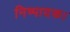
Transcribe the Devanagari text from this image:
निष्पादक।